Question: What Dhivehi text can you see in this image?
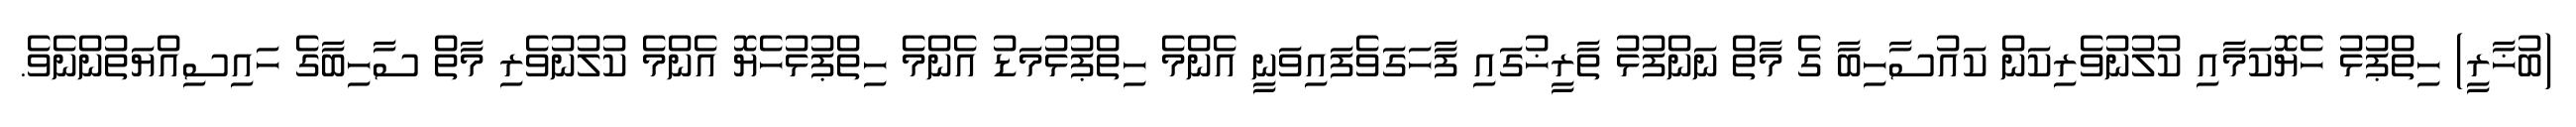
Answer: (ބުޚާރީ) ހިތްޕުޅު ހެޔޮކަމާއި ކުލުނުވެރިކަން ކައުސާހިބާ ގެ މާތް ނަންފުޅު ތާރީޚުގައި ފާހަގަވެފައިވަނީ އެންމެ ހިތްޕުޅުމަޑު އެންމެ ހިތްޕުޅުހެޔޮ އެންމެ ކުލުނުވެރި މާތް ސާހިބާގެ ހައިސިއްޔަތުންނެވެ.